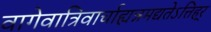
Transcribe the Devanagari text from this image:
वागेवात्रिवार्चाह्यन्नमद्यतेऽत्तिहर्